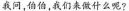
我问，伯伯，我们来做什么呢？